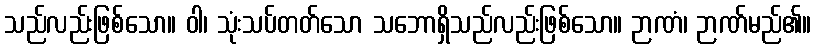
သည်လည်းဖြစ်သော။ ဝါ၊ သုံးသပ်တတ်သော သဘောရှိသည်လည်းဖြစ်သော။ ဉာဏံ၊ ဉာဏ်မည်၏။